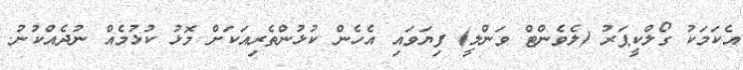
އެކަމަކު ގޯލްކީޕަރު (ލެވެންޓް ވަންލީ) ފިޔަވައި އެހެން ކުޅުންތެރިއަކަށް މޮޅު ކުޅުމެއް ނުދެއްކުނު.